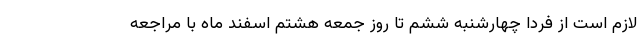
لازم است از فردا چهارشنبه ششم تا روز جمعه هشتم اسفند ماه با مراجعه